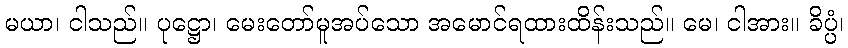
မယာ၊ ငါသည်။ ပုဋ္ဌော၊ မေးတော်မူအပ်သော အမောင်ရထားထိန်းသည်။ မေ၊ ငါအား။ ခိပ္ပံ၊